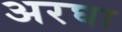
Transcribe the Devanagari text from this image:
अरघा